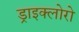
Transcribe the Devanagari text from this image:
ड्राइक्लोरो